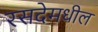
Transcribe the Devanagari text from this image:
रसदेमधील